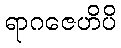
ရာဂဇေဟိပိ